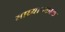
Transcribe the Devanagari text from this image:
माध्यानकाळ